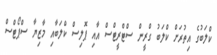
ކްލަބުގެ އިތުރަށް ކްލަބު ގްރީން ސްޓްރީޓްސް އާއި ޕޮލިސް ކްލަބާއި މާޒިޔާ ސްޕޯޓްސް